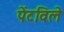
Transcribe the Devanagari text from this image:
पेंटविले